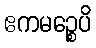
ဧကမဉ္စေပိ